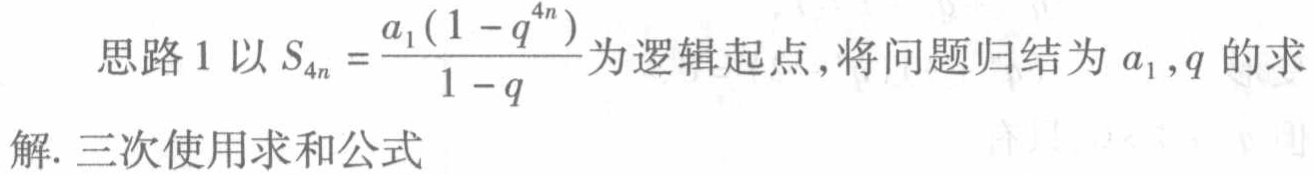
思路 1 以 \(S_{4n}=\frac{a_{1}(1 - q^{4n})}{1 - q}\) 为逻辑起点,将问题归结为 \(a_{1},q\) 的求解. 三次使用求和公式